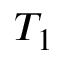
T _ { 1 }